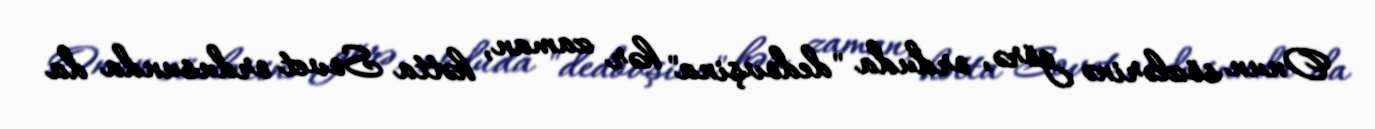
Onun sözlərinə görə, orduda "dedovşina" hər zaman, hətta Sovet ordusunda da